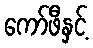
ကော်ဖီနှင့်